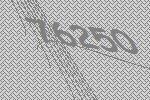
76250